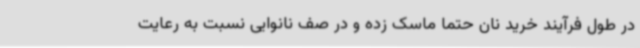
در طول فرآیند خرید نان حتما ماسک زده و در صف نانوایی نسبت به رعایت